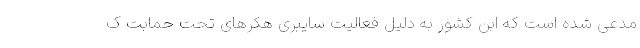
مدعی شده است که ابن کشور به دلیل فعالیت سایبری هکرهای تحت حمابت ک